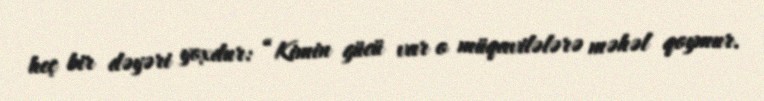
heç bir dəyəri yoxdur: “Kimin gücü var o müqavilələrə məhəl qoymur.